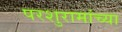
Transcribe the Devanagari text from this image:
परशुरामांच्या